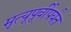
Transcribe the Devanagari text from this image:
मृत्यूपूर्वीपर्यंत